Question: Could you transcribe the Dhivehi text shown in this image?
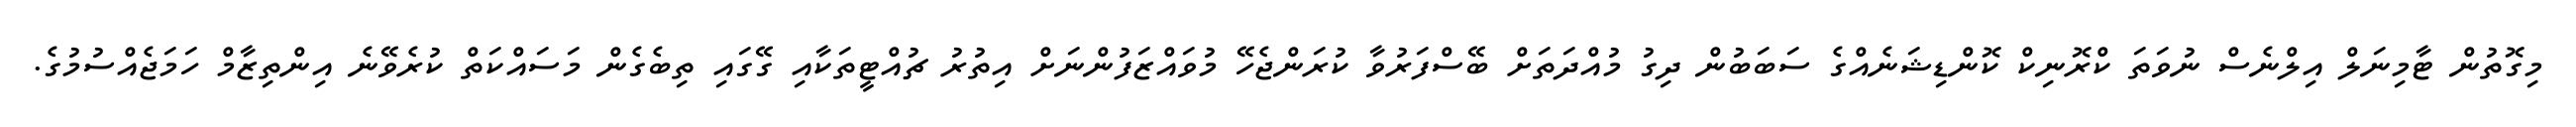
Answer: މިގޮތުން ޓާމިނަލް އިލްނެސް ނުވަތަ ކްރޮނިކް ކޮންޑިޝަނެއްގެ ސަބަބުން ދިގު މުއްދަތަށް ބޭސްފަރުވާ ކުރަންޖެހޭ މުވައްޒަފުންނަށް އިތުރު ޗުއްޓީތަކާއި ގޭގައި ތިބެގެން މަސައްކަތް ކުރެވޭނެ އިންތިޒާމް ހަމަޖެއްސުމުގެ.